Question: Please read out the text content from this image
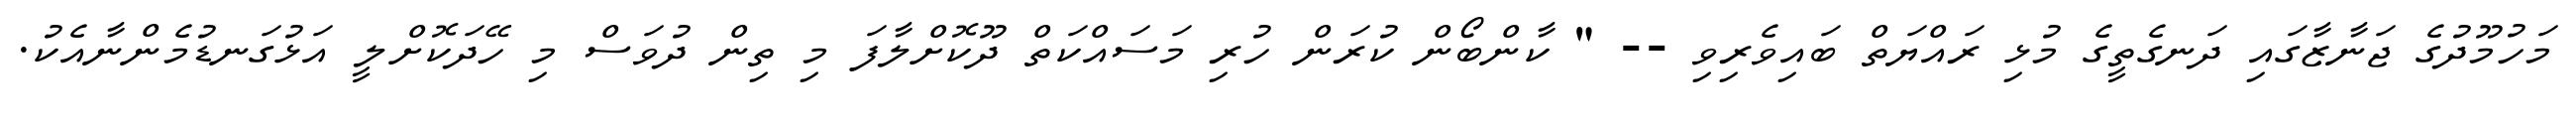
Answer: މަހުމޫދުގެ ޖަނާޒާގައި ދަނގެތީގެ މުޅި ރައްޔަތް ބައިވެރިވި -- " ކާންބޯން ކުރަން ހުރި މަސައްކަތް ދޫކޮށްލާފަ މި ތިން ދުވަސް މި ހޭދަކޮށްލީ އަޅުގަނޑުމެންނާއެކު.